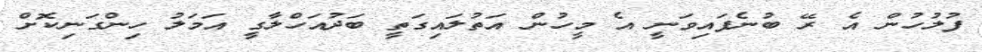
ފުލުހުން އެ ރޭ ބުނެފައިވަނީ އެ މީހުން އަތުލައިގަތީ ބަދުއަހްލާގީ އަމަލު ހިންގަނިކޮށް